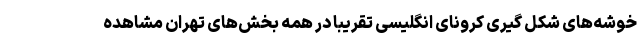
خوشه‌های شکل گیری کرونای انگلیسی تقریبا در همه بخش‌های تهران مشاهده